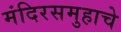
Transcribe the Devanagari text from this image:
मंदिरसमुहाचे